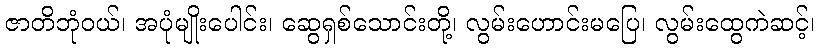
ဇာတိဘုံဝယ်၊ အပုံမျိုးပေါင်း၊ ဆွေရှစ်သောင်းတို့၊ လွမ်းဟောင်းမပြေ၊ လွမ်းထွေကဲဆင့်၊